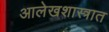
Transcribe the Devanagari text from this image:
आलेखशास्त्रात